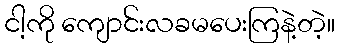
ငါ့ကို ကျောင်းလခမပေးကြနဲ့တဲ့။